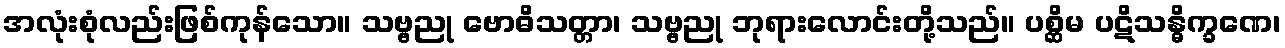
အလုံးစုံလည်းဖြစ်ကုန်သော။ သဗ္ဗညု ဗောဓိသတ္တာ၊ သဗ္ဗညု ဘုရားလောင်းတို့သည်။ ပစ္ဆိမ ပဋိသန္ဓိက္ခဏေ၊